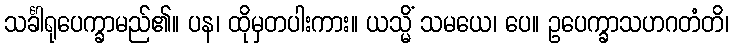
သင်္ခါရုပေက္ခာမည်၏။ ပန၊ ထိုမှတပါးကား။ ယသ္မိံ သမယေ၊ ပေ။ ဥပေက္ခာသဟဂတံတိ၊